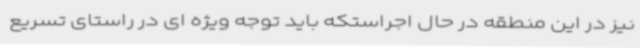
نیز در این منطقه در حال اجراستکه باید توجه ویژه ای در راستای تسریع